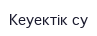
Кеуектік су